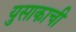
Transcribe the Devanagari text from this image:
युसाकाची